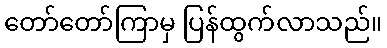
တော်တော်ကြာမှ ပြန်ထွက်လာသည်။